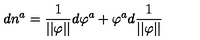
d n ^ { a } = \frac 1 { | | \varphi | | } d \varphi ^ { a } + \varphi ^ { a } d \frac 1 { | | \varphi | | }